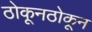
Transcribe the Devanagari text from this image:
ठोकूनठोकून